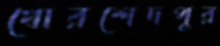
খোরশেদপুর